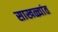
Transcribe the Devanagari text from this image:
साखळ्यांत